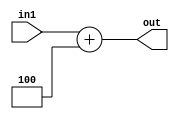
`timescale 1ns / 1ps
//////////////////////////////////////////////////////////////////////////////////
// Company: 
// Engineer: 
// 
// Design Name: 
// Module Name: incrementor
// Project Name: 
// Target Devices: 
// Tool Versions: 
// Description: 
// 
// Dependencies: 
// 
// Revision:
// Revision 0.01 - File Created
// Additional Comments:
// 
//////////////////////////////////////////////////////////////////////////////////


module incrementor(in1,out);

input [31:0] in1;
output  [31:0]out;


assign out = in1 + 32'h4;

endmodule